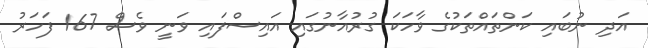
އަދި ނުބައި ކަންތައްތަކުގެ ވާހަކަ ގުރުއާނުގައި އައިސްފައި ވަނީ ވެސް 167 ފަހަރު